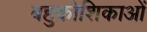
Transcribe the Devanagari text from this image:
बहुकोशिकाओं